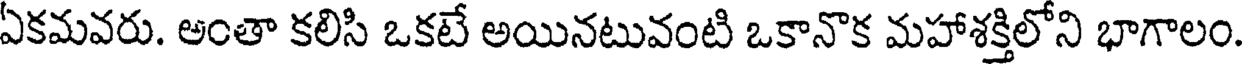
ఏకమవరు. అంతా కలిసి ఒకటే అయినటువంటి ఒకానొక మహాశక్తిలోని భాగాలం